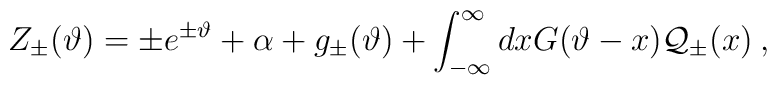
\displaystyle Z_{\pm }(\vartheta )=\pm e^{\pm \vartheta }+\alpha +g_{\pm }(\vartheta )+\displaystyle\int ^{\infty }_{-\infty }dxG(\vartheta -x){\cal Q}_{\pm }(x)\: ,